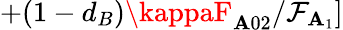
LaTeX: +(1-d_{B})\kappaF_{\mathbf{A}02}/\mathcal{{F}}_{\mathbf{A}_{1}}]